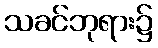
သခင်ဘုရား၌